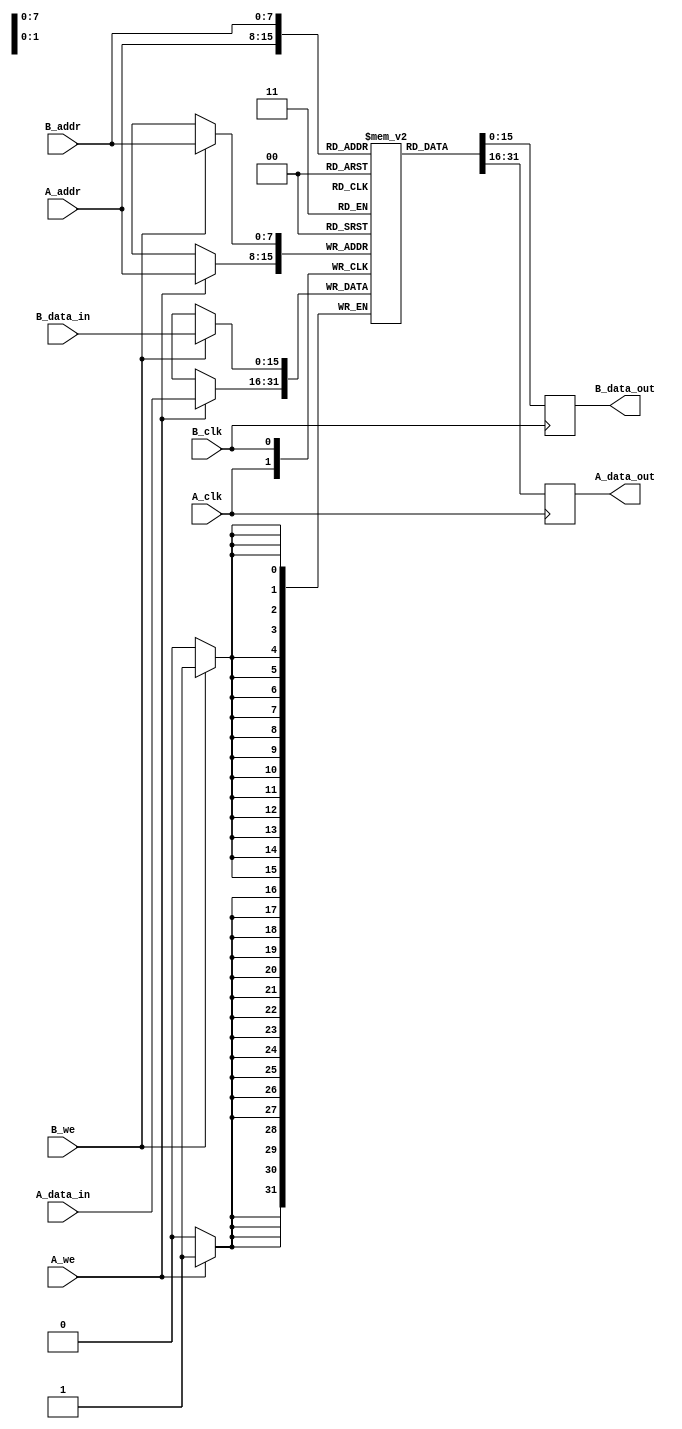
module dual_port_ram #(
    parameter ADDR_WIDTH = 8,  // Number of address bits
    parameter DATA_WIDTH = 16,  // Number of data bits
    parameter DEPTH = 1 << ADDR_WIDTH  // Memory depth
)(
    // Port A
    input wire [ADDR_WIDTH-1:0] A_addr,
    input wire [DATA_WIDTH-1:0] A_data_in,
    output reg [DATA_WIDTH-1:0] A_data_out,
    input wire A_we,
    input wire A_clk,

    // Port B
    input wire [ADDR_WIDTH-1:0] B_addr,
    input wire [DATA_WIDTH-1:0] B_data_in,
    output reg [DATA_WIDTH-1:0] B_data_out,
    input wire B_we,
    input wire B_clk
);

    // Memory array
    reg [DATA_WIDTH-1:0] mem [0:DEPTH-1];

    // Port A operations
    always @(posedge A_clk) begin
        if (A_we) begin
            mem[A_addr] <= A_data_in;  // Write operation
        end
        A_data_out <= mem[A_addr];  // Read operation
    end

    // Port B operations
    always @(posedge B_clk) begin
        if (B_we) begin
            mem[B_addr] <= B_data_in;  // Write operation
        end
        B_data_out <= mem[B_addr];  // Read operation
    end

endmodule